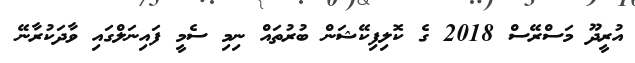
އުރީދޫ މަސްރޭސް 2018 ގެ ކޮލިފިކޭޝަން ބުރުތައް ނިމި ސެމީ ފައިނަލްގައި ވާދަކުރާނޭ